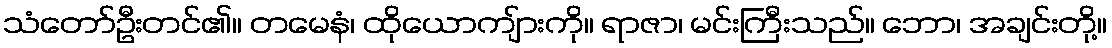
သံတော်ဦးတင်၏။ တမေနံ၊ ထိုယောကျ်ားကို။ ရာဇာ၊ မင်းကြီးသည်။ ဘော၊ အချင်းတို့။